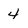
Character: 4